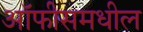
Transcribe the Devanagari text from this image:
ऑफीसमधील